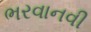
ભરવાનવી